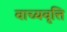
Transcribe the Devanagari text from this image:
वाच्यवृत्ति